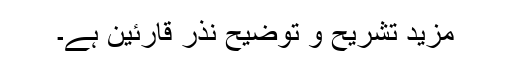
مزید تشریح و توضیح نذرِ قارئین ہے۔